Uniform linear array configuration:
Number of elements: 24
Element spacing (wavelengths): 1
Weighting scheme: kaiser
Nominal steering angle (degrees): -15
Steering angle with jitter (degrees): -15.105
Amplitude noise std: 0.05
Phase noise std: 0.05

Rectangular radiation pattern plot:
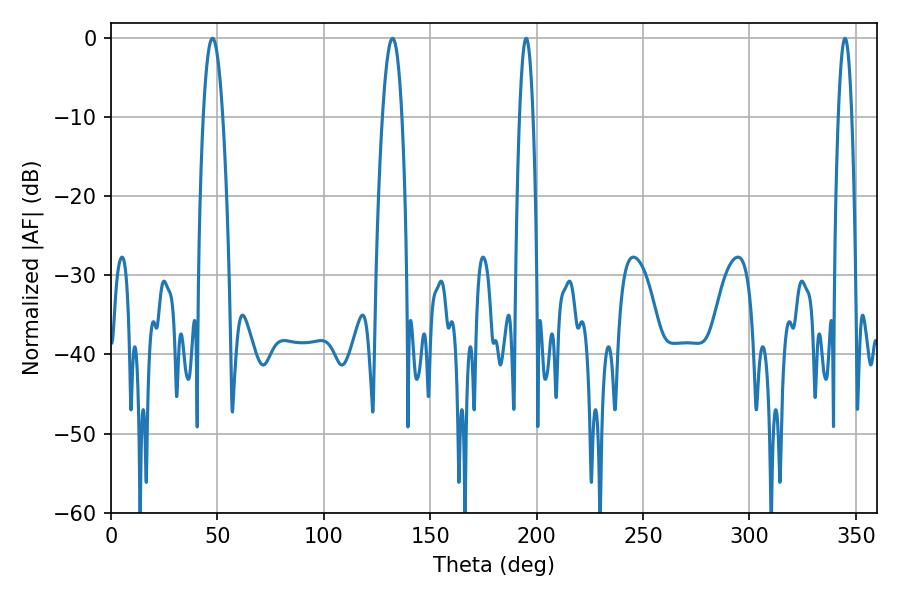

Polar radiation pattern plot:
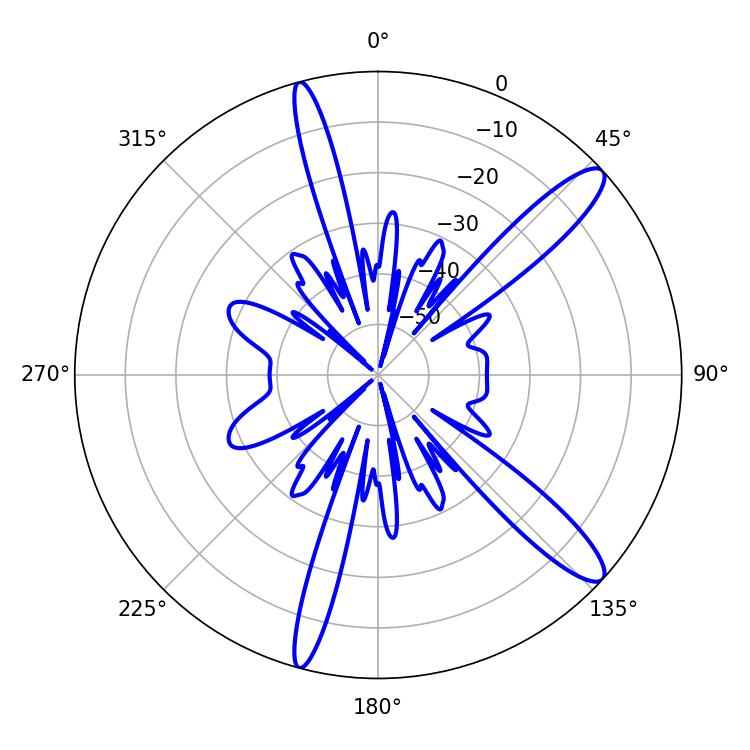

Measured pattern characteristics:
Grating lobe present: TRUE
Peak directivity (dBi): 12.758
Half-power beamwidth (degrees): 5.04
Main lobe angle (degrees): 47.7